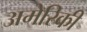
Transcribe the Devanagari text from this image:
अमेरिकी